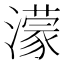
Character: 濛